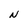
Character: N